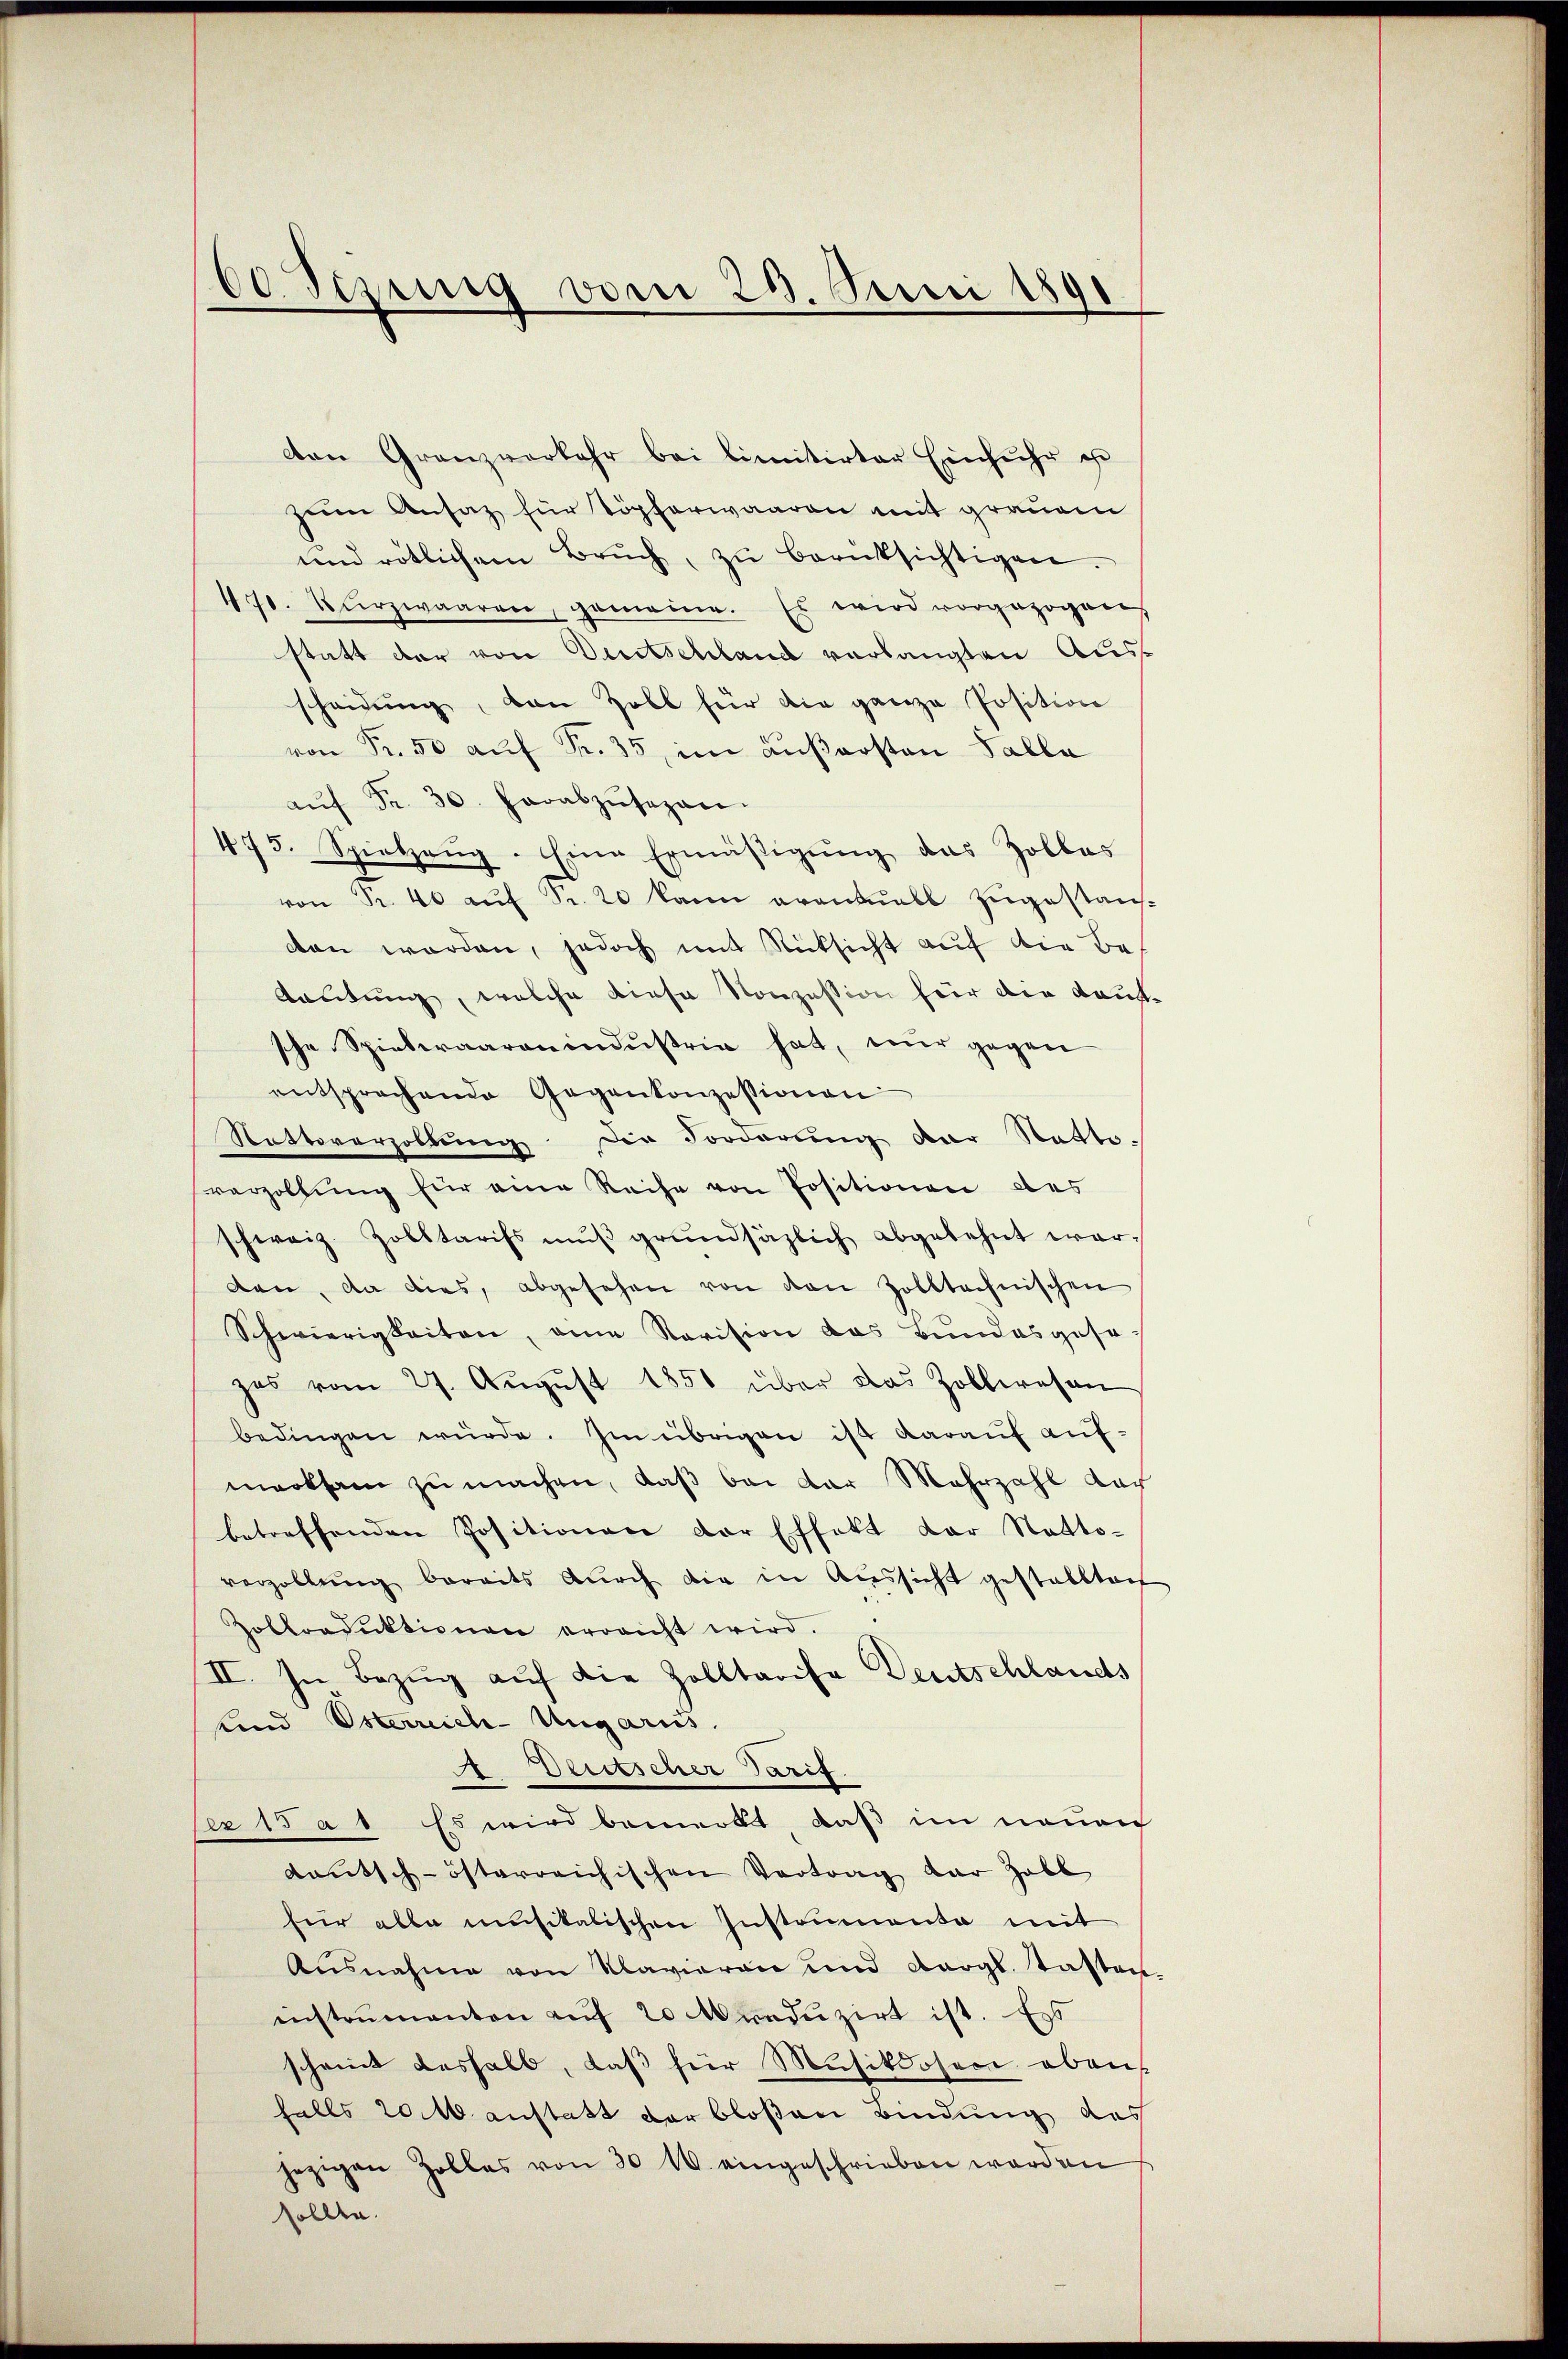
60 Sizung vom 23. Juni 1891

den Granzverkehr bei limitirter Einfuhr e
zum Ansatz für Töpferwaaren mit grauem
und rötlichem Bruch, zŭ berücksichtigen.
470. Kurzwaaren, gemeine. Es wird vorgezogen,
statt der von Dustschland verlangten Ausscheidŭng, von Zoll für die ganze Position
von Fr. 50 aŭf Fr. 35, im aŭβarsten Salla
aŭf Fr. 30. herabzŭsezen.
475. Spielzeŭg. Eine Ermäβigŭng das Zollas
o S. 40 aŭf Sr. 20 kann avantuell zugestanz
dan werden, jedoch mit Rücksicht aŭf die Be¬
Rautung, welche diese Konzession hier der Kauf
sche Spieleraaranindustrie hat, nur gegen
entsprochende Gegenkonzessionen
Nattsverzollung die Forderung der Netto-
verzollŭng für eine Reise von Positionen des
schweiz. Zolltarifs muß grundsäzlich abgelehnt war,
den, da dies, abgesehen von den Zolltechnischen
Schwierigkeiten, eine Revision das Bundesgese
zes vom 27. Aŭgŭst 1850 über das Zollwesen
bedingen würde. Im übrigen ist daraŭf aŭf-
merksam zu machen, daß bei der Mehrzahl dar
betreffenden Positionen der Effekt dar Nadto-
verzollung bereits durch die in Aussicht gestalltai
Zoktroduktionen erreicht wird.
II. In Bezug auf die Zolltarife Deutschlands
sund Osterreich-Ungarus.
 Duttscher Tarif
per 15 a 1 Es wird bemerkt, daß im neuen
Lautsch-österreichischen Vertrag dar Zoll
für alle musikalischen Instrumenta mit
Ausnahme von Mlavieran und vergl. Tasten.
enstrumenten auf 20 redŭzirt ist. Es
scheint deshalb, daß für Musikdosen oben
falls 20 M anstatt der bloßen Bindung des
jezigen Zolles von 30 M. eingeschrieben werden
sollte.